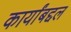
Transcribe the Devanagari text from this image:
कार्यांबद्दल